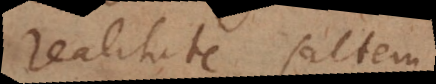
realitate saltem